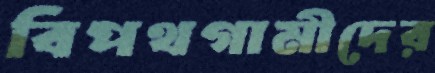
বিপথগামীদের